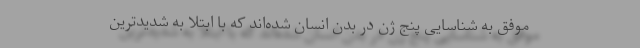
موفق به شناسایی پنج ژن در بدن انسان شده‌اند که با ابتلا به شدیدترین